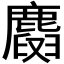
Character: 𪋕